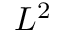
L ^ { 2 }